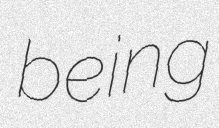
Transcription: being